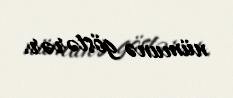
nümunə göstərər.